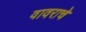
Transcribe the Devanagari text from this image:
वावराचे